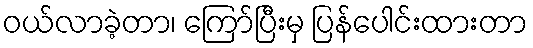
ဝယ်လာခဲ့တာ၊ ကြော်ပြီးမှ ပြန်ပေါင်းထားတာ